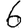
Digit: 6